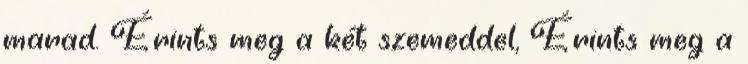
marad. Érints meg a két szemeddel, Érints meg a